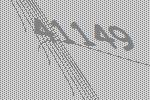
41149